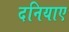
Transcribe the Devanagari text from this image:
दनियाए